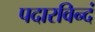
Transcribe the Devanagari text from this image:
पदारविन्दं